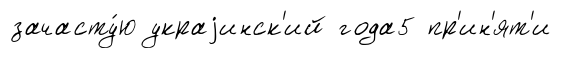
зачасту́ю украjинск'ий года5 пр'ин'ят'и